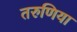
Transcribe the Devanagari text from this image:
तरुणिया